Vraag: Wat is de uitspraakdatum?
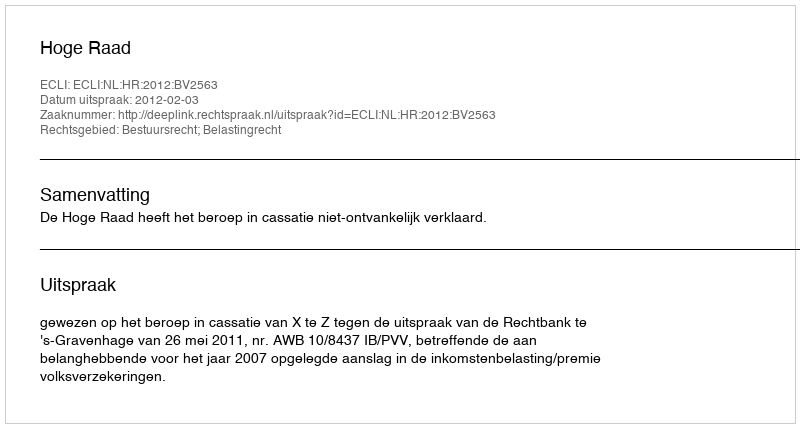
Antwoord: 2012-02-03